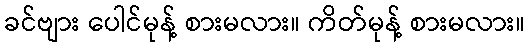
ခင်ဗျား ပေါင်မုန့် စားမလား။ ကိတ်မုန့် စားမလား။